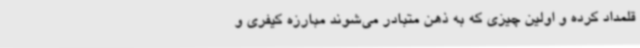
قلمداد کرده و اولین چیزی که به ذهن متبادر می‌شوند مبارزه کیفری و